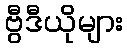
ဗွီဒီယိုများ